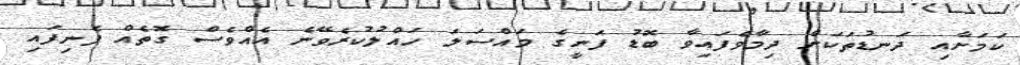
ކަމަށާއި ދަނޑުތަކަށް ދިމާވެފައިވާ ބޮޑު ފަނީގެ މައްސަލަ ހައްލުކުރެވޭނެ އެއްވެސް ގޮތެއް ފެނިފައި